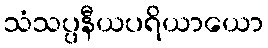
သံသပ္ပနီယပရိယာယော